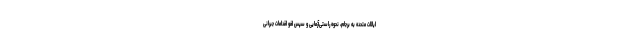
ایالات متحده به برجام، نحوه راستی‌آزمایی و سپس لغو اقدامات جبرانی